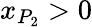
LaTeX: x_{P_{2}}>0